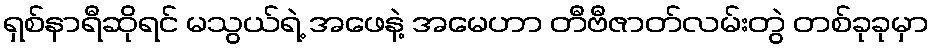
ရှစ်နာရီဆိုရင် မသွယ်ရဲ့ အဖေနဲ့ အမေဟာ တီဗီဇာတ်လမ်းတွဲ တစ်ခုခုမှာ